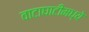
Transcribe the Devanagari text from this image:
वाटाघाटींमध्ये